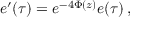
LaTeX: e ^ { \prime } ( \tau ) = e ^ { - 4 \Phi ( z ) } e ( \tau ) \, ,